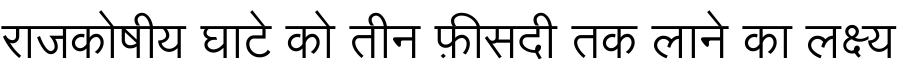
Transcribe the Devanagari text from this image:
राजकोषीय घाटे को तीन फ़ीसदी तक लाने का लक्ष्य